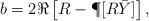
LaTeX: \begin{align*}b = 2\Re\left[R - \P[R\bar Y]\right],\end{align*}